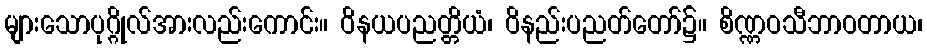
များသောပုဂ္ဂိုလ်အားလည်းကောင်း။ ဝိနယပညတ္တိယံ၊ ဝိနည်းပညတ်တော်၌။ စိဏ္ဏဝသီဘာဝတာယ၊